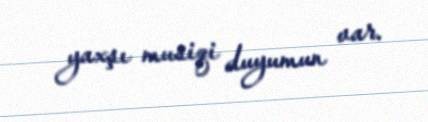
yaxşı musiqi duyumun var.